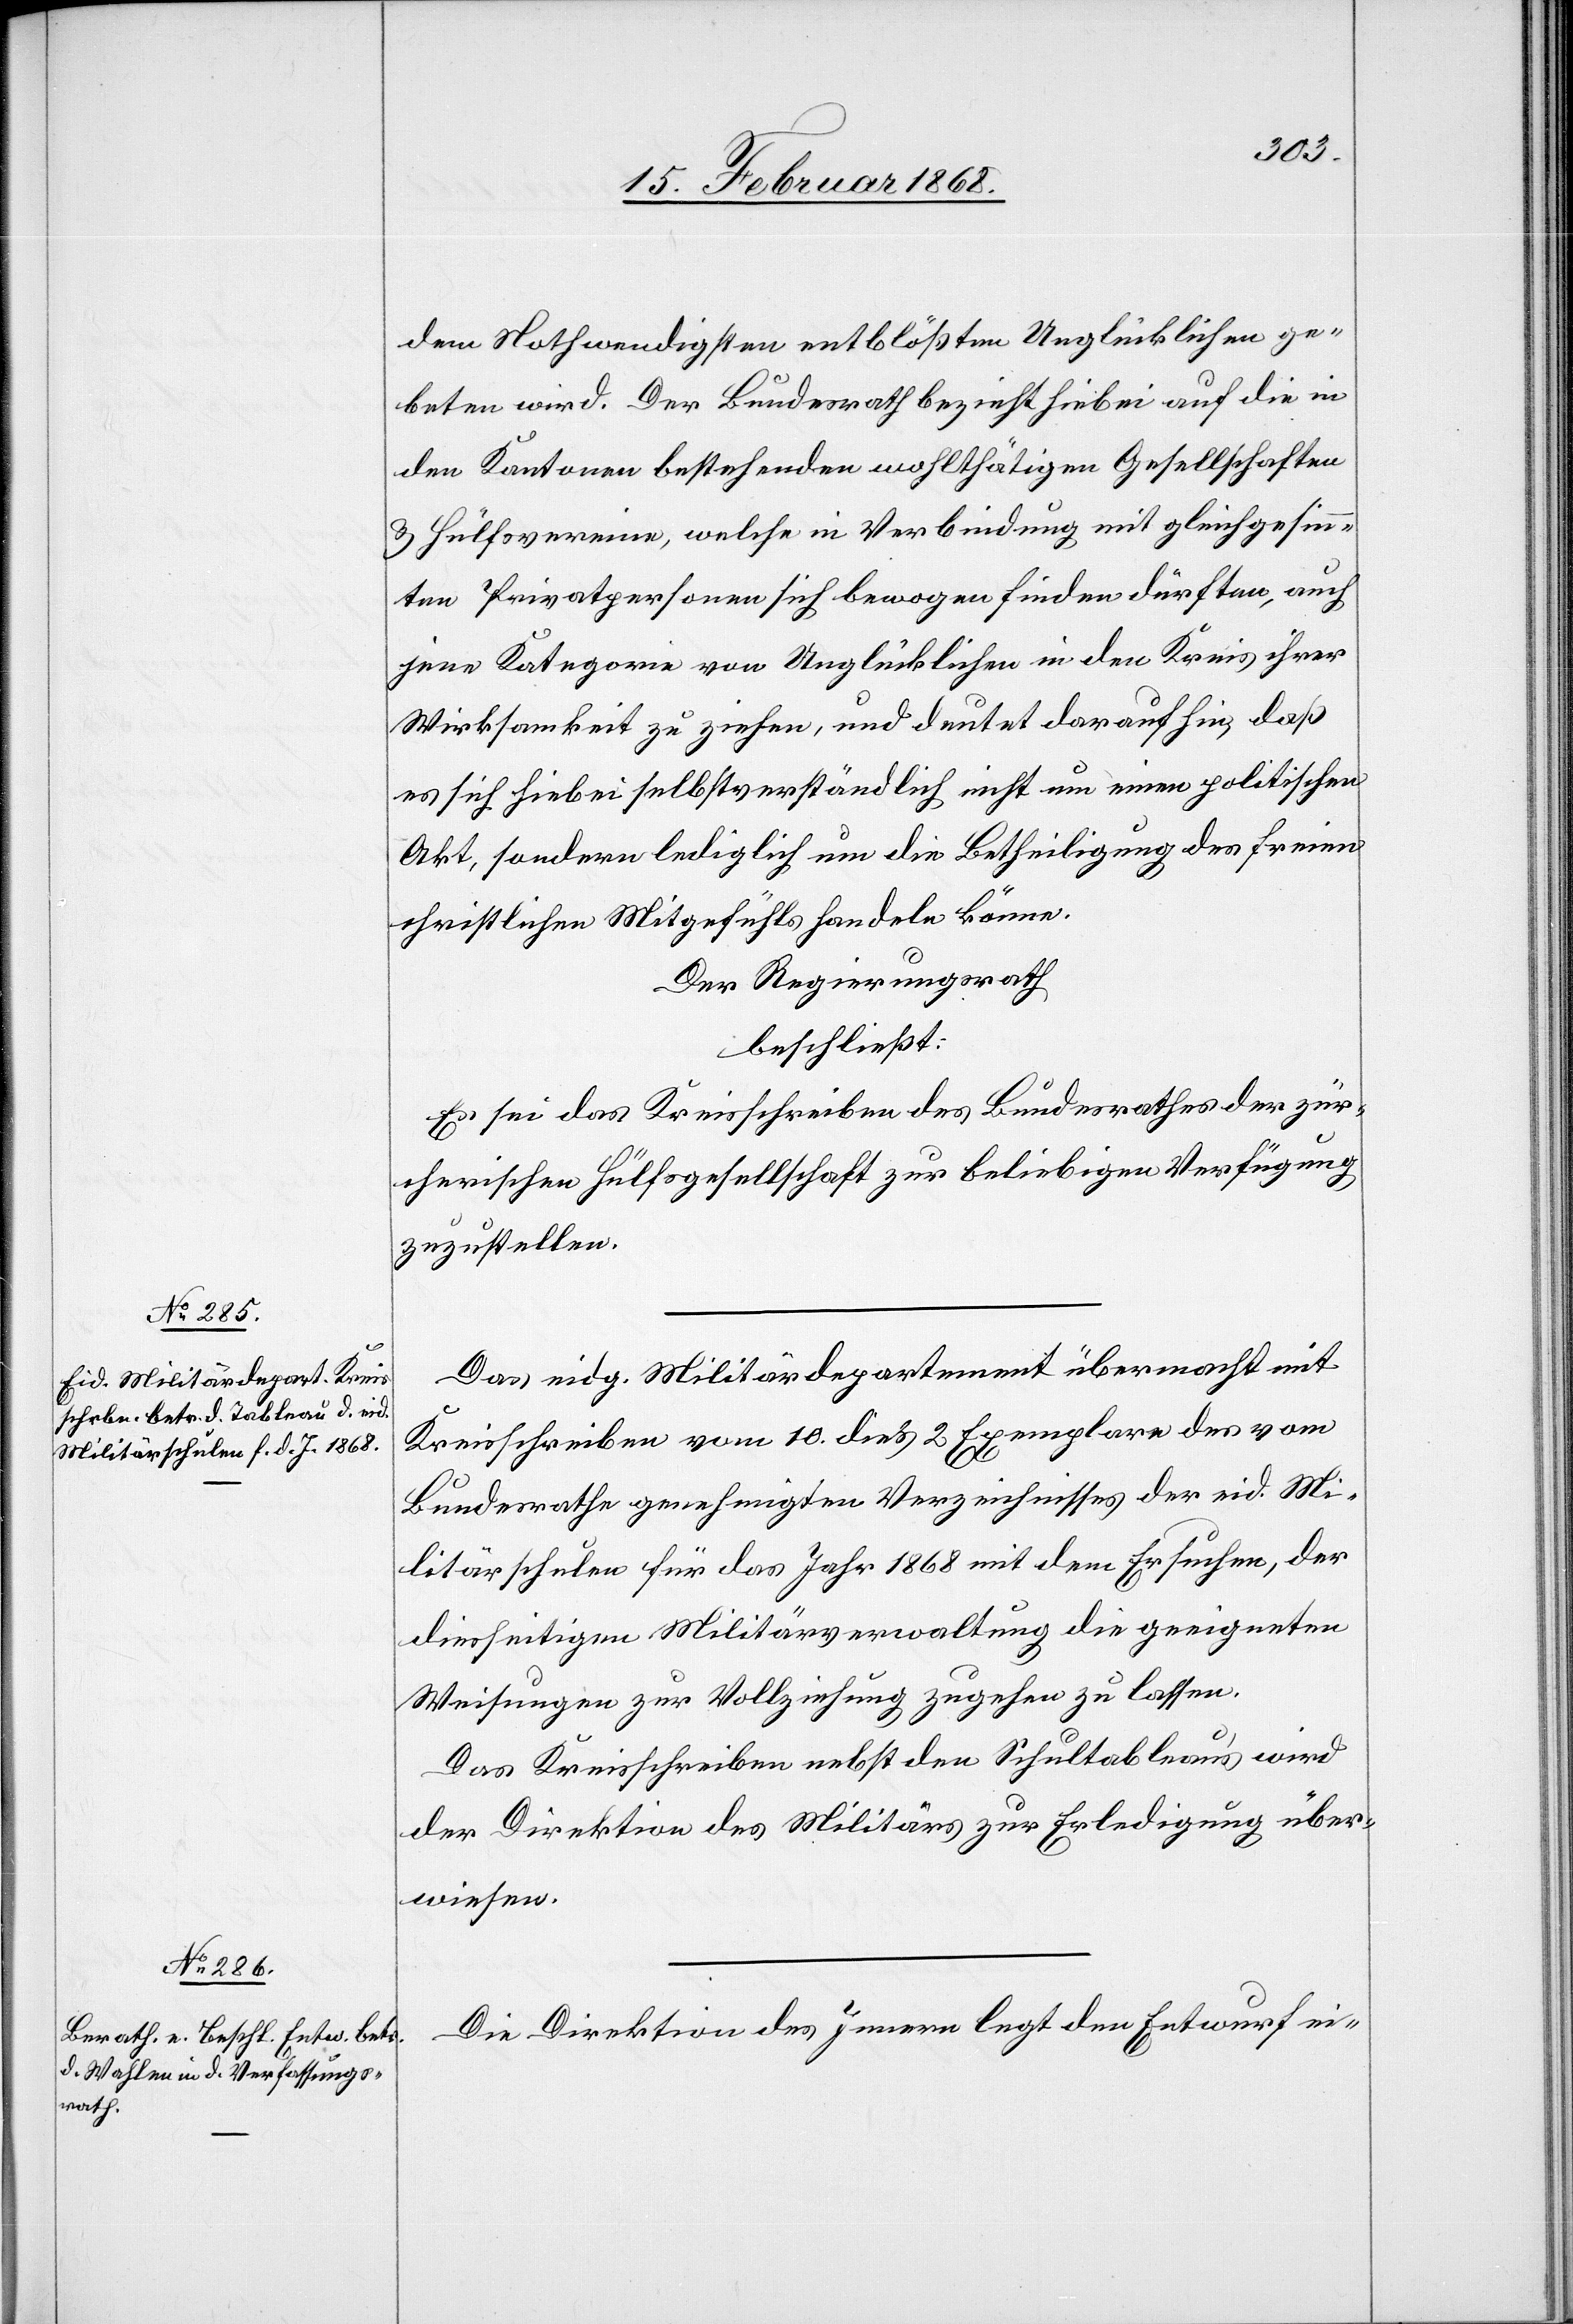
dem Nothwendigsten entblößten Unglücklichen ge¬
beten wird. Der Bundesrath bezieht [sich] hiebei auf die in
den Kantonen bestehenden wohlthätigen Gesellschaften
& Hülfsvereine, welche in Verbindung mit gleichgesinn¬
ten Privatpersonen sich bewogen finden dürften, auch
jene Kategorie von Unglücklichen in den Kreis ihrer
Wirksamkeit zu ziehen, und deutet darauf hin, daß
es sich hiebei selbstverständlich nicht um einen politischen
Akt, sondern lediglich um die Betheiligung des freien
christlichen Mitgefühls handeln könne.
Der Regierungsrath
beschließt:
Es sei das Kreisschreiben des Bundesrathes der zür¬
cherischen Hülfsgesellschaft zur beliebigen Verfügung
zuzustellen.
Das eidg. Militärdepartement übermacht mit
Kreisschreiben vom 10. dies 2 Exemplare des vom
Bundesrathe genehmigten Verzeichnisses der eid. Mi¬
litärschulen für das Jahr 1868 mit dem Ersuchen, der
diesseitigen Militärverwaltung die geeigneten
Weisungen zur Vollziehung zugehen zu lassen.
Das Kreisschreiben nebst den Schultableau’s wird
der Direktion des Militärs zur Erledigung über¬
wiesen.
Die Direktion des Innern legt den Entwurf ei-